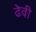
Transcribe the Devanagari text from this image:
ढेवी